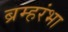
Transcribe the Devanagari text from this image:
ब्रम्हरंभा